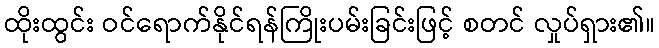
ထိုးထွင်း ဝင်ရောက်နိုင်ရန်ကြိုးပမ်းခြင်းဖြင့် စတင် လှုပ်ရှား၏။